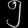
Digit: ၅